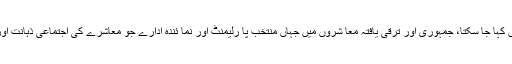
ایسا قومی مفاد ، جس کا تعین اور فیصلہ پارلیمنٹ سے نہ ہوا ہو، اس کو قومی مفا د نہیں کہا جا سکتا، جمہوری اور ترقی یافتہ معا شروں میں جہاں منتخب پا رلیمنٹ اور نما ئندہ ادارے جو معاشرے کی اجتماعی ذہانت اور مفادات کے عکاس اور ترجما ن ہو تے ہیں ، وہی قو می مفا دات کو تشکیل دیتے ہیں۔